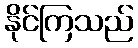
နိုင်ကြသည်